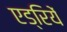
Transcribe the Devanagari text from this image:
एड्रियें